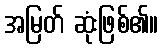
အမြတ် ဆုံးဖြစ်၏။